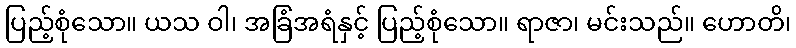
ပြည့်စုံသော။ ယသ ဝါ၊ အခြံအရံနှင့် ပြည့်စုံသော။ ရာဇာ၊ မင်းသည်။ ဟောတိ၊